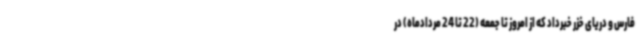
فارس و دریای خزر خبرداد که از امروز تا جمعه (22 تا 24 مردادماه) در